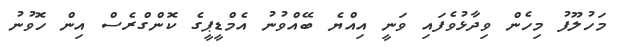
މަހުލޫފު މިހެން ވިދާޅުވެފައި ވަނީ އިއްޔެ ބޭއްވުނު އެމްޑީޕީގެ ކޮންގްރެސް އިން ހޮވުނު